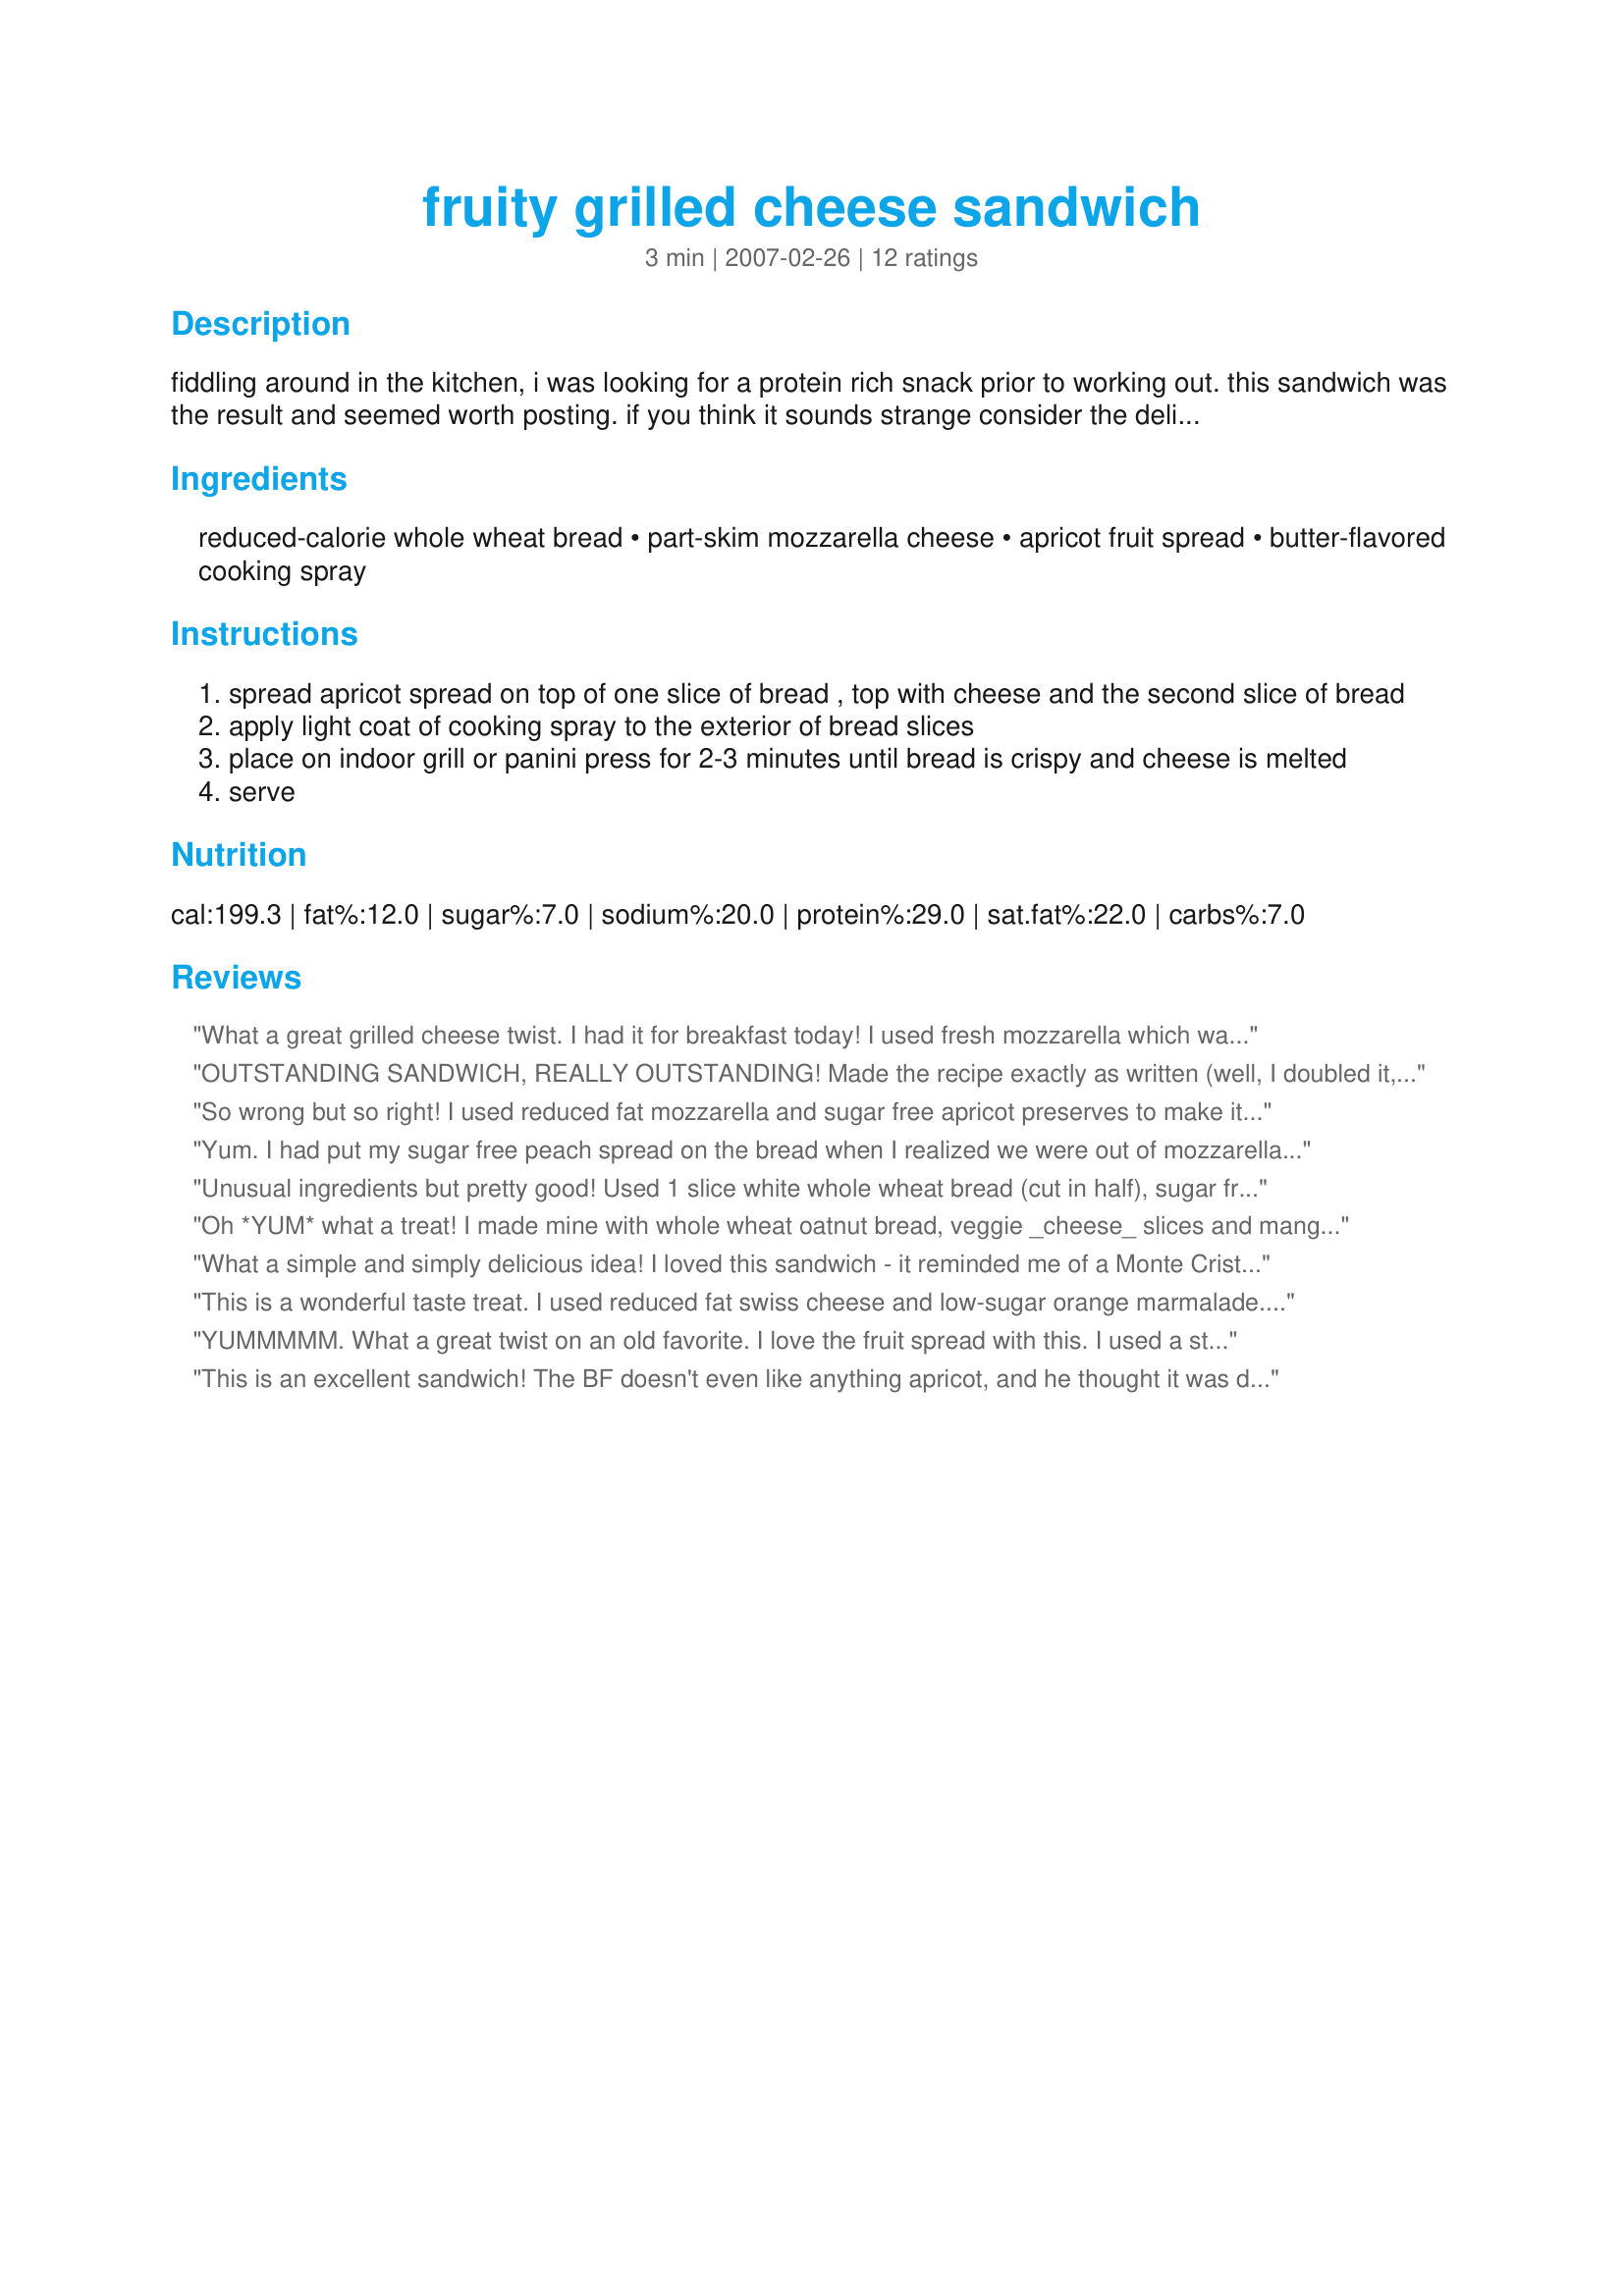
fruity grilled cheese sandwich
Preparation time: 3 minutes

fiddling around in the kitchen, i was looking for a protein rich snack prior to working out. this sandwich was the result and seemed worth posting. if you think it sounds strange consider the delicious and popular appetizer of baked brie in puff pastry and dried fruit. this is a deconstructed and reconstructed version for one. my version used reduced fat ingredients, but you can use the full fat versions if you like.

Ingredients:
reduced-calorie whole wheat bread, part-skim mozzarella cheese, apricot fruit spread, butter-flavored cooking spray

Steps:
spread apricot spread on top of one slice of bread , top with cheese and the second slice of bread
apply light coat of cooking spray to the exterior of bread slices
place on indoor grill or panini press for 2-3 minutes until bread is crispy and cheese is melted
serve

Reviews:
What a great grilled cheese twist. I had it for breakfast today! I used fresh mozzarella which was very mild, but also very creamy, it made for a very yummy sandwhich. The combination of the apricot preserves and cheese was very good :)
OUTSTANDING SANDWICH, REALLY OUTSTANDING! Made the recipe exactly as written (well, I doubled it, for 2 of us!) & this sandwich is amazingly satisfying! What I'd like to do another time is to have an assortment of preserves on the counter along with a number of different cheeses, so that guests can decide their own combo before the grilling is done ~ Sort of like a salad bar where you get to pick & choose what goes in! Thanks for a great keeper! [Tagged, made & reviewed in Potluck tag]
So wrong but so right! I used reduced fat mozzarella and sugar free apricot preserves to make it a little less sinful. It tasted heavenly though and I am sure a load of different flavors of preserves would work well with it. Made for PAC Spring 2008.
Yum. I had put my sugar free peach spread on the bread when I realized we were out of mozzarella. Bummer! So I used a slice of low fat cheddar and it was quite tasty. Cooked it in the sandwhich maker and it was lovely. Great concept toni!
Unusual ingredients but pretty good! Used 1 slice white whole wheat bread (cut in half), sugar free strawberry preserves & 1/2 slice swiss cheese. Will try mozz cheese next time!
Oh *YUM* what a treat! I
made mine with whole wheat oatnut bread, veggie _cheese_ slices and mango jam. My belly couldn't decide - is this lunch or dessert? ;-) Thanks for sharing such a terrific idea! No more boring cardboard sandwiches for me!
What a simple and simply delicious idea! I loved this sandwich - it reminded me of a Monte Cristo sandwich but without the guilt! I used Italian bread and made it with provolone and strawberry preserves. I think that pepper-jack with peach preserves and cheddar with apple butter would also be great. Looking forward to trying differend combos...thanks for posting this!
This is a wonderful taste treat. I used reduced fat swiss cheese and low-sugar orange marmalade. For a nice change one could add a slice of ham or smoked turkey breast. I served this for a solo lunch with recipe #13368 to complete the meal.
YUMMMMM. What a great twist on an old favorite. I love the fruit spread with this. I used a strawberry fruit spread and mozzarella cheese and it turned out great. Loved it. I can't wait to try the provolone cheese. Thanks Toni. I'll be making this one again.
This is an excellent sandwich! The BF doesn't even like anything apricot, and he thought it was delicious too. I made it with Smucker's apricot spread and brick cheese. Puts a whole new spin on plain old grilled cheese, especially for the summertime! Next time I may try muenster cheese with raspberry preserves and cheddar with strawberry spread, though it'll be hard to venture away from this combo. Maybe monterey jack with blackberry...
Really, almost any combo of bread, cheese and jam/preserves will work. I saw an episode of the "Ham on the Street" TV show on Food Network, and they played Grilled Cheese Lotto. They basically randomly selected a type of bread (white, wheat, rye, sour dough, etc.), a type of cheese (brie, swiss, cheddar, etc..), and a type of jam/preserves (strawberry, hot jalapeno, orange marmalade, etc..) and regardless of the combo they were good. We tried it at home and everyone said it was good.
This was SO good, could not believe how tasty. I used provolone on Alvarado Street Bakery 100% Whole Grain Bread with Dickinson's Pure Patterson Apricot preserves - JUST AWESOME :) Thanks Toni for the great sandwich idea. I'll be trying different combos in the future. Made for Potluck Tag, Dec 2008.
